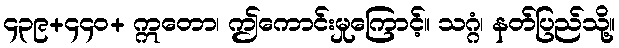
၄၃၉+၄၄၀+ ဣတော၊ ဤကောင်းမှုကြောင့်။ သဂ္ဂံ၊ နတ်ပြည်သို့။